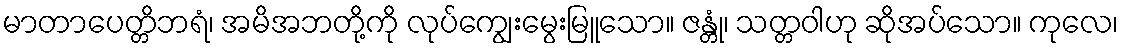
မာတာပေတ္တိဘရံ၊ အမိအဘတို့ကို လုပ်ကျွေးမွေးမြူသော။ ဇန္တုံ၊ သတ္တဝါဟု ဆိုအပ်သော။ ကုလေ၊